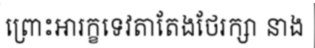
ព្រោះអារក្ខទេវតាតែងថែរក្សា នាង